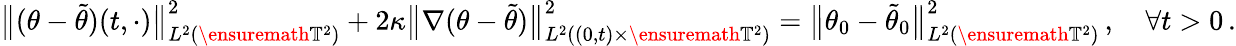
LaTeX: \bigl\| (\theta-\tilde{\theta})(t,\cdot)\bigr\| _{L^{2}(\ensuremath{\mathbb{T}}^{2})}^{2}+2\kappa\bigl\| \nabla(\theta-\tilde{\theta})\bigr\| _{L^{2}((0,t)\times\ensuremath{\mathbb{T}}^{2})}^{2}=\bigl\| \theta_{0}-\tilde{\theta}_{0}\bigr\| _{L^{2}(\ensuremath{\mathbb{T}}^{2})}^{2}\, ,\quad\forall t>0\, .